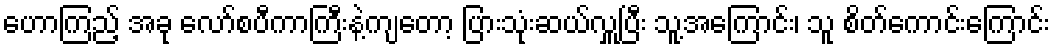
ဟောကြည့် အခု လော်စပီကာကြီးနဲ့ကျတော့ ပြားသုံးဆယ်လှူပြီး သူ့အကြောင်း၊ သူ စိတ်ကောင်းကြောင်း